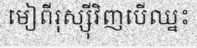
មៀពីរុស្ស៊ីវិញបើឈ្នះ